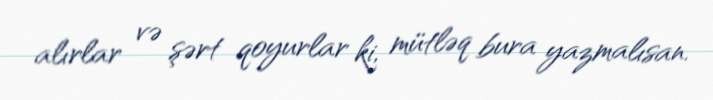
alırlar və şərt qoyurlar ki, mütləq bura yazmalısan.